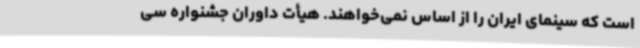
است که سینمای ایران را از اساس نمی‌خواهند. هیأت داوران جشنواره سی